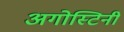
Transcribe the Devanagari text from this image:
अगोस्टिनी